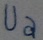
Text: Ua